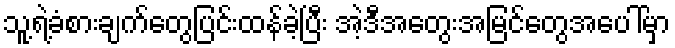
သူ့ရဲ့ခံစားချက်တွေပြင်းထန်ခဲ့ပြီး အဲ့ဒီအတွေးအမြင်တွေအပေါ်မှာ